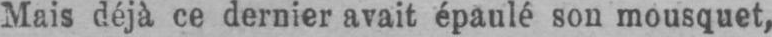
Mais déjà ce dernier avait épaulé sou mousquet,